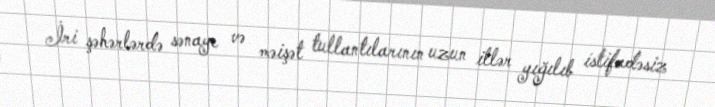
İri şəhərlərdə sənaye və məişət tullantılarının uzun illər yığılıb istifadəsiz